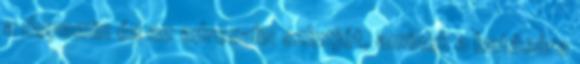
a dopamin és az adrenalin szintjét, aminek a hatására